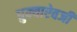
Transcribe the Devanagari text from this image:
धुक्याऐवजी